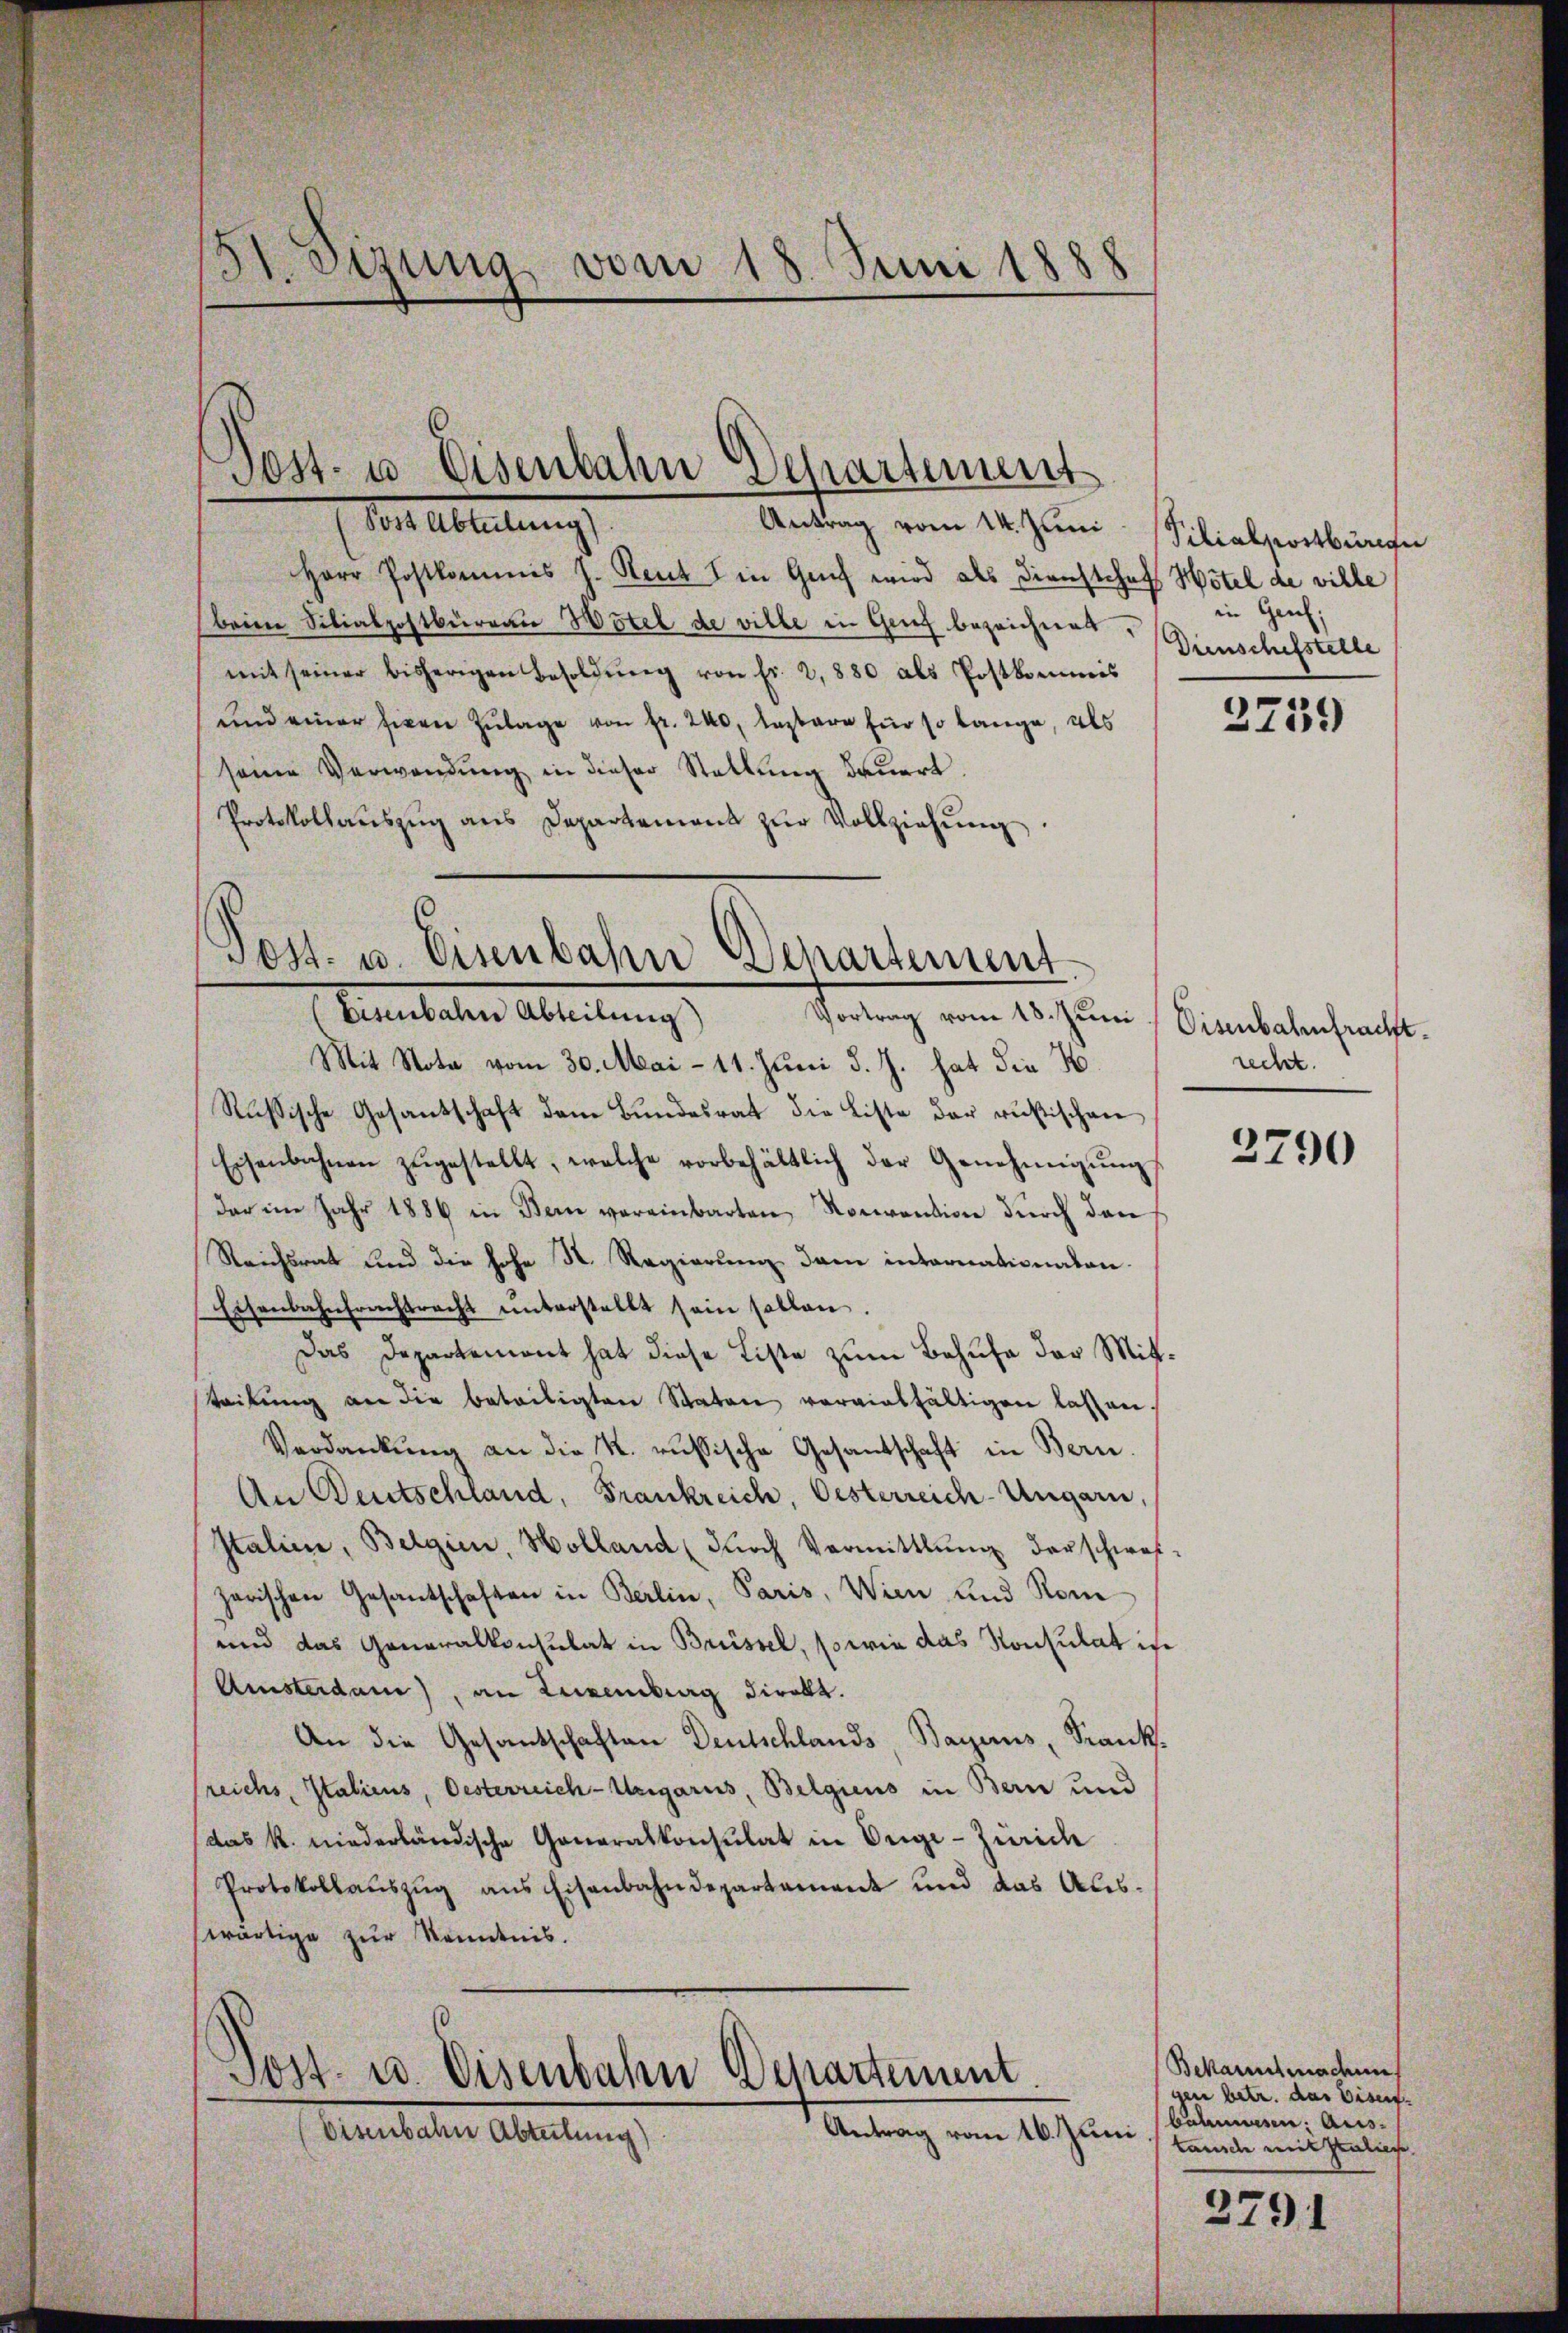
3 Sizung vom 18. Juni 1888

Vir Abteilung
Herr Postkommens J. Reut in Genf wird als Dienstehof Hötel de ville
beim Silialpostbüreau Hotel de ville in Genf bezeichnet,
mit seiner bisherigen Besoldŭng von fr. 2,880 als Postkommis
und einer Eigen Zulage von fr. 200, lagbare für so lange, als
seine Verwendung in dieser Stellung dauert.
Protokollaŭszŭg ans Departement zŭr Vollziehŭng.

Post- u. Eisenbahn Departement

Antrag vom 14. Juni

Post- u. Eisenbahn Departement
(Eisenbahn Abteilung
Vortrag vom 18. Juni

Mit Nota vom 30. Mai - 11. Juni d. J. hat die N.
Rußische Gesantschaft dem Bundesrat die Liste der rusischen
Eisenbahnen zŭgestellt, welche vorbehältlich der Genehmigŭng
dar im Jahr 1886 in Bern vereinbarten Noriention dŭrch den
Reichsrat und die hohe N. Regierung dem internationalen.
Eisenbahnfrachtracht ŭnterstellt sein sollen.
Das Departement hat diese Liste zum Behufe der Mittsteilung an die beteiligten Statore vorgintfältigen lassen.
Verdankŭng an die k. russische Gesantschaft in Bern.
An Deutschland, Frankreich, Oesterreich-Ungarn,
Italien, Belgien, Holland (dŭrch Vermittlung derschwei-
zarischen Gesantschaften in Berlin, Paris, Wien und Rom
und das Generalkonsulat in Brüssel, sowie das Konsulat ist
Amsterdan), an Luxenburg direkt.
An die Gesantschaften Deutschlands Bayerns, Krank.
sreichs, Italiens, Oesterreich-Ungaris, Belgiens in Bern und
(das k. niederländische Generalkonsulat in Unge-Zürich
Protokollaŭszŭg ans Eisenbahndepartement und das Aus-
wärtige zur Kenntnis.

Post- u. Eisenbahn Departement.
Antrag vom 16. Juni
bisenbahn Abteilung)

Pilialpostbürger
in Gerich;
Dinschefstelle

2759)

Eisenbahnfracht.
recht.

2790

Bekanntmadens
gen betr. das Eisen-
Bahnen Ause
tausch mit Geliehe,

2791